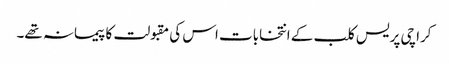
کراچی پریس کلب کے انتخابات اس کی مقبولت کا پیمانہ تھے۔